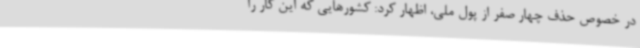
در خصوص حذف چهار صفر از پول ملی، اظهار کرد: کشورهایی که این کار را